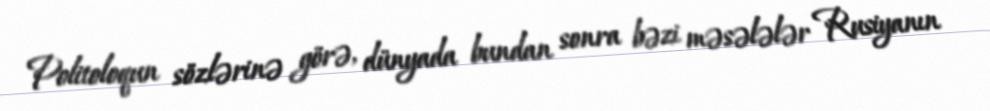
Politoloqun sözlərinə görə, dünyada bundan sonra bəzi məsələlər Rusiyanın